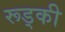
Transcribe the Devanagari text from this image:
रूड्की